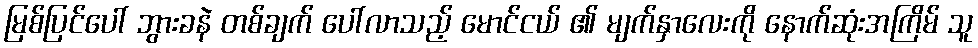
မြစ်ပြင်ပေါ် ဘွားခနဲ တစ်ချက် ပေါ်လာသည့် မောင်ငယ် ၏ မျက်နှာလေးကို နောက်ဆုံးအကြိမ် သူ